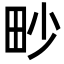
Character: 𤰬